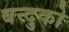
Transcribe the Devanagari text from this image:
बन्दुको